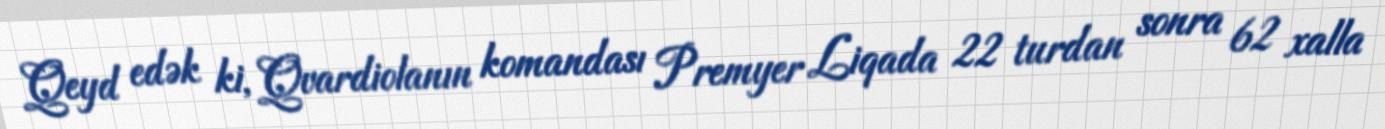
Qeyd edək ki, Qvardiolanın komandası Premyer Liqada 22 turdan sonra 62 xalla